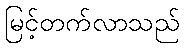
မြင့်တက်လာသည်